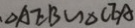
\Delta A E B \sim \Delta C E A